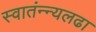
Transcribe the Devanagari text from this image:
स्वातंन्न्यलढा